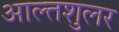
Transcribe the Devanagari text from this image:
आल्तशुलर